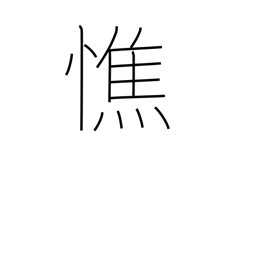
Meaning: get thin